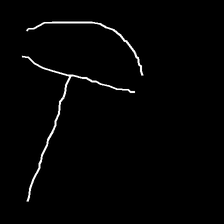
Glyph: dispersion